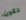
تكون